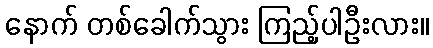
နောက် တစ်ခေါက်သွား ကြည့်ပါဦးလား။